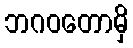
ဘဂဝတောမှိ